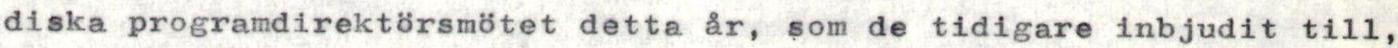
diska programdirektörsmötet detta år, som de tidigare inbjudit till,